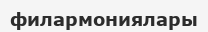
филармониялары